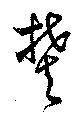
焚